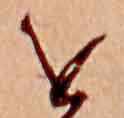
を